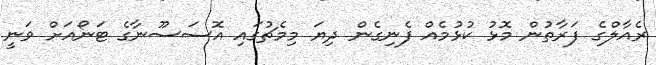
ރެއާލްގެ ފަރާތުން މޮޅު ކުޅުމެއް ފެނިގެން ދިޔަ މިމެޗުގައި އޮސަސޫނާގެ ޓަނޯއަށް ވަނީ